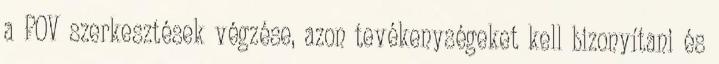
a POV szerkesztések végzése, azon tevékenységeket kell bizonyítani és